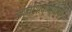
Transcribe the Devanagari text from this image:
उच्चशिक्षणाशी